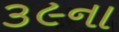
૩૯ના